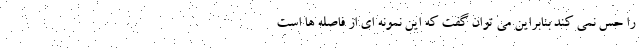
را حس نمی کند بنابراین می توان گفت که این نمونه ای از فاصله ها است